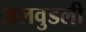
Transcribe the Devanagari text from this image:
अलवुडली